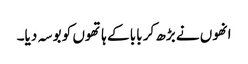
انھوں نے بڑھ کر بابا کے ہاتھوں کو بوسہ دیا۔